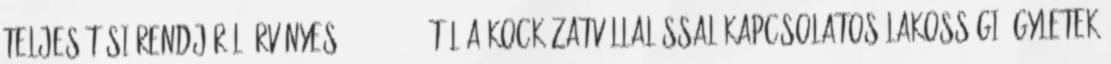
teljesítési rendjéről Érvényes: 2016.01.01.-től A KOCKÁZATVÁLLALÁSSAL KAPCSOLATOS LAKOSSÁGI ÜGYLETEK